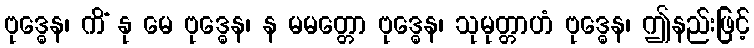
ဗုဒ္ဓေန၊ ကိံ နု မေ ဗုဒ္ဓေန၊ န မမတ္တော ဗုဒ္ဓေန၊ သုမုတ္တာဟံ ဗုဒ္ဓေန၊ ဤနည်းဖြင့်